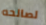
لصالحه